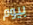
بيوم